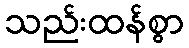
သည်းထန်စွာ